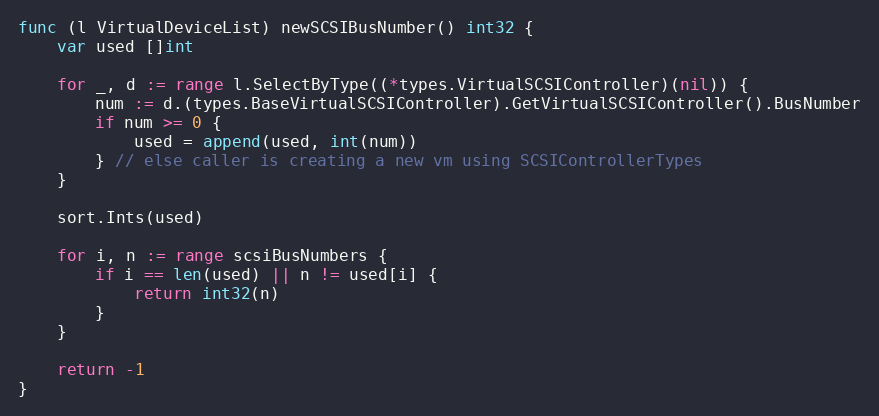
Language: Go
func (l VirtualDeviceList) newSCSIBusNumber() int32 {
	var used []int

	for _, d := range l.SelectByType((*types.VirtualSCSIController)(nil)) {
		num := d.(types.BaseVirtualSCSIController).GetVirtualSCSIController().BusNumber
		if num >= 0 {
			used = append(used, int(num))
		} // else caller is creating a new vm using SCSIControllerTypes
	}

	sort.Ints(used)

	for i, n := range scsiBusNumbers {
		if i == len(used) || n != used[i] {
			return int32(n)
		}
	}

	return -1
}